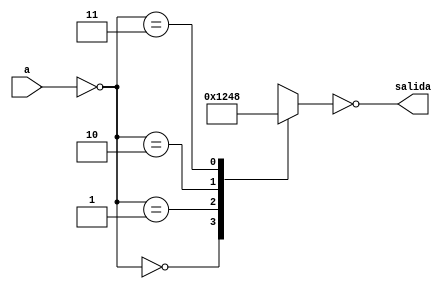
module decoder (
    input [1:0]a,
    output reg [3:0]salida 
);
    reg [1:0]A;
    reg [3:0]salida_aux ;

    always @(*) begin
        //Inversion de entradas
        A=~a;

        //Logica
        case (A)
            2'b00 : salida_aux = 4'b0001;
            2'b01 : salida_aux = 4'b0010;
            2'b10 : salida_aux = 4'b0100;
            2'b11 : salida_aux = 4'b1000;
            default: salida_aux = 4'b0001;
        endcase
        
        //Salidas
        salida=~salida_aux;
    end
endmodule